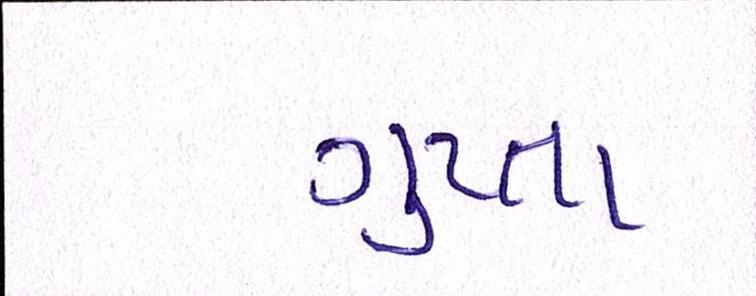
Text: ગુપ્તા